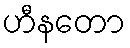
ဟီနတော